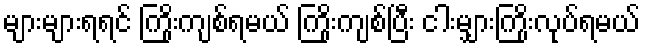
များများရရင် ကြိုးကျစ်ရမယ် ကြိုးကျစ်ပြီး ငါးမျှားကြိုးလုပ်ရမယ်